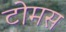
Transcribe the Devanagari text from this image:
टोमस